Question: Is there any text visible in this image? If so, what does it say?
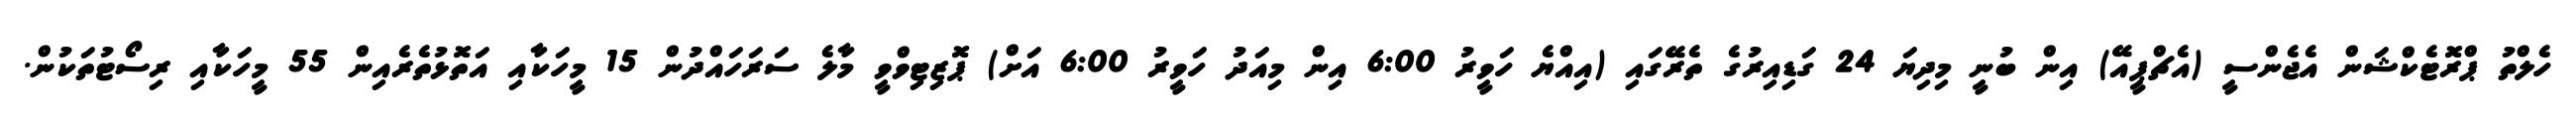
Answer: ހެލްތު ޕްރޮޓެކްޝަން އެޖެންސީ (އެޗްޕީއޭ) އިން ބުނީ މިދިޔަ 24 ގަޑިއިރުގެ ތެރޭގައި (އިއްޔެ ހަވީރު 6:00 އިން މިއަދު ހަވީރު 6:00 އަށް) ޕޮޒިޓިވްވީ މާލެ ސަރަހައްދުން 15 މީހަކާއި އަތޮޅުތެރެއިން 55 މީހަކާއި ރިސޯޓުތަކުން.